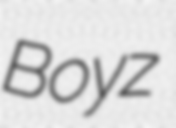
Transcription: Boyz